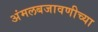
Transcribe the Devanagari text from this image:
अंमलबजावणीच्या